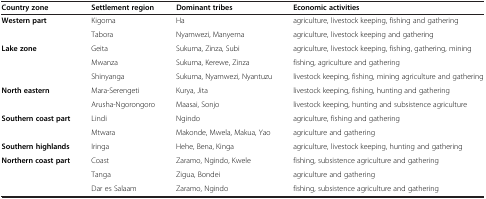
| Country zone | Settlement region | Dominant tribes | Economic activities |
 | --- | --- | --- | --- |
 | Western part | Kigoma | Ha | agriculture, livestock keeping, fishing and gathering |
 |  | Tabora | Nyamwezi, Manyema | agriculture, livestock keeping and gathering |
 | Lake zone | Geita | Sukuma, Zinza, Subi | agriculture, livestock keeping, fishing, gathering, mining |
 |  | Mwanza | Sukuma, Kerewe, Zinza | fishing, agriculture and gathering |
 |  | Shinyanga | Sukuma, Nyamwezi, Nyantuzu | livestock keeping, fishing, mining agriculture and gathering |
 | North eastern | Mara-Serengeti | Kurya, Jita | livestock keeping, fishing, hunting and gathering |
 |  | Arusha-Ngorongoro | Maasai, Sonjo | livestock keeping, hunting and subsistence agriculture |
 | Southern coast part | Lindi | Ngindo | agriculture, fishing and gathering |
 |  | Mtwara | Makonde, Mwela, Makua, Yao | agriculture and gathering |
 | Southern highlands | Iringa | Hehe, Bena, Kinga | agriculture, livestock keeping, hunting and gathering |
 | Northern coast part | Coast | Zaramo, Ngindo, Kwele | fishing, subsistence agriculture and gathering |
 |  | Tanga | Zigua, Bondei | agriculture and gathering |
 |  | Dar es Salaam | Zaramo, Ngindo | fishing, subsistence agriculture and gathering |